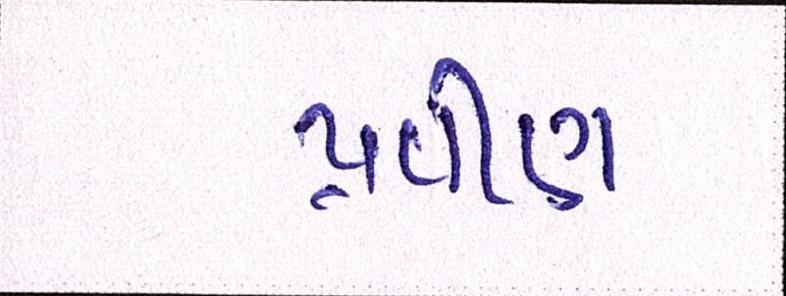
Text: પ્રવીણ